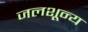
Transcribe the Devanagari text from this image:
जलशून्य